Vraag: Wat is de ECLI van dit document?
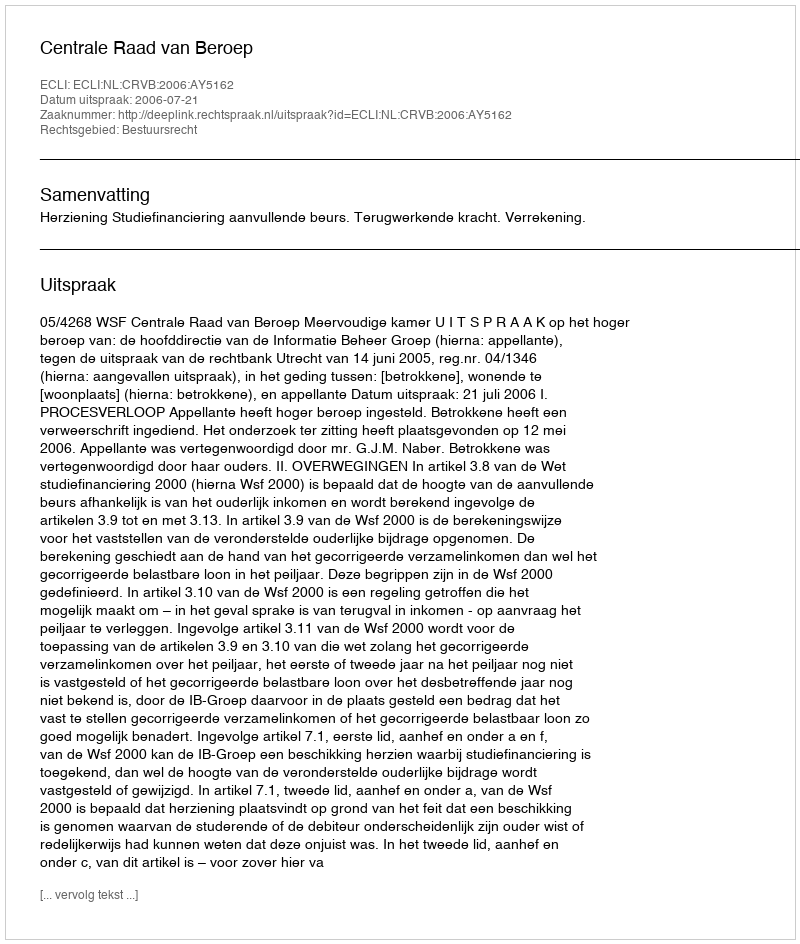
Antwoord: ECLI:NL:CRVB:2006:AY5162